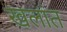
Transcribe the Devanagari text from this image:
खलांत